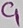
Text: C1